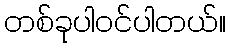
တစ်ခုပါဝင်ပါတယ်။